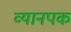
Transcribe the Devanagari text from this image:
व्यानपक